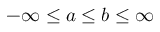
- \infty \leq a \leq b \leq \infty